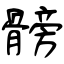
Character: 髈